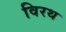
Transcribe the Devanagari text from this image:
विरथ